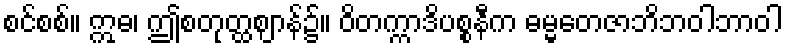
စင်စစ်။ ဣဓ၊ ဤစတုတ္ထဈာန်၌။ ဝိတက္ကာဒိပစ္စနီက ဓမ္မတေဇာဘိဘဝါဘာဝါ